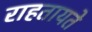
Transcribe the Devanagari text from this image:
राहतायते